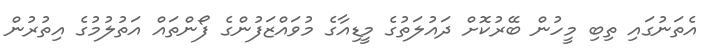
އެތަނުގައި ތިބި މީހުން ބޭރުކޮށް ދައުލަތުގެ މީޑިއާގެ މުވައްޒަފުންގެ ފޯންތައް އަތުލުމުގެ އިތުރުން